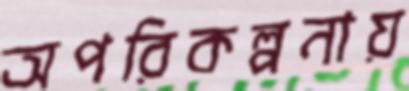
অপরিকল্পনায়